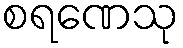
စရဏေသု